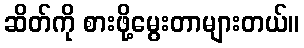
ဆိတ်ကို စားဖို့မွေးတာများတယ်။